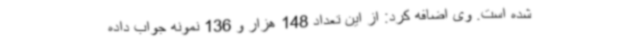
شده است. وی اضافه کرد: از این تعداد 148 هزار و 136 نمونه جواب داده